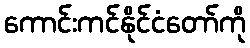
ကောင်းကင်နိုင်ငံတော်ကို